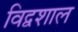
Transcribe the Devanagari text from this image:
विद्वशाल